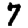
Digit: 7